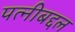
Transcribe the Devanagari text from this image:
पत्नीबद्दल